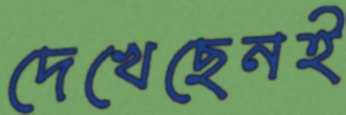
দেখেছেনই